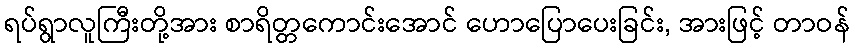
ရပ်ရွာလူကြီးတို့အား စာရိတ္တကောင်းအောင် ဟောပြောပေးခြင်း, အားဖြင့် တာဝန်